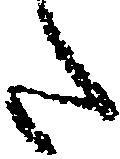
た